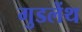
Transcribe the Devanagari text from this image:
गुडलेंथ